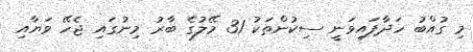
މި ގުއްބު ހަދާފައިވަނީ ސިކުންތަކު 31 މޭލުގެ ބާރު މިނުގައި ޖެހޭ ވަޔާއި